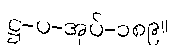
ဋ္ဌ-ပ-အုပ်-၁၈၉။